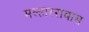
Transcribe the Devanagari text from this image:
मल्हाररावास